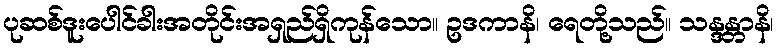
ပုဆစ်ဒူးပေါင်ခါးအတိုင်းအရှည်ရှိကုန်သော။ ဥဒကာနိ၊ ရေတို့သည်။ သန္ဒန္တာနိ၊